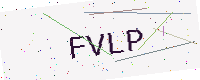
Text: FVLP